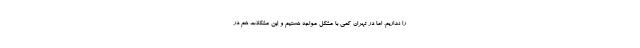
را نداریم، اما در تهران کمی با مشکل مواجه هستیم و این مشکلات هم در